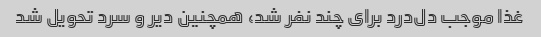
غذا موجب دل‌درد برای چند نفر شد، همچنین دیر و سرد تحویل شد